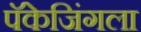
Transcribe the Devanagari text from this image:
पॅकेजिंगला